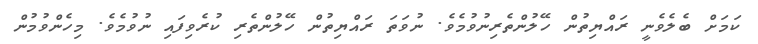
ކަމަށް ބެލެވެނީ ރައްޔިތުން ހޭލުންތެރިނުވުމެވެ. ނުވަތަ ރައްޔިތުން ހޭލުންތެރި ކުރެވިފައި ނުވުމެވެ. މިހެންވުމުން